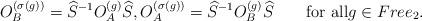
LaTeX: \begin{align*}O_B^{(\sigma(g))}=\widehat S^{-1}O_A^{(g)}\widehat S,O_A^{(\sigma(g))}=\widehat S^{-1}O_B^{(g)}\widehat S\qquad\textrm{for all}g\in Free_2.\end{align*}